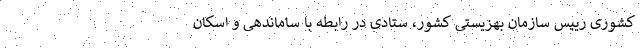
کشوری رییس سازمان بهزیستی کشور، ستادی در رابطه با ساماندهی و اسکان